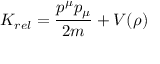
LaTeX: K _ { r e l } = { \frac { p ^ { \mu } p _ { \mu } } { 2 m } } + V ( \rho )